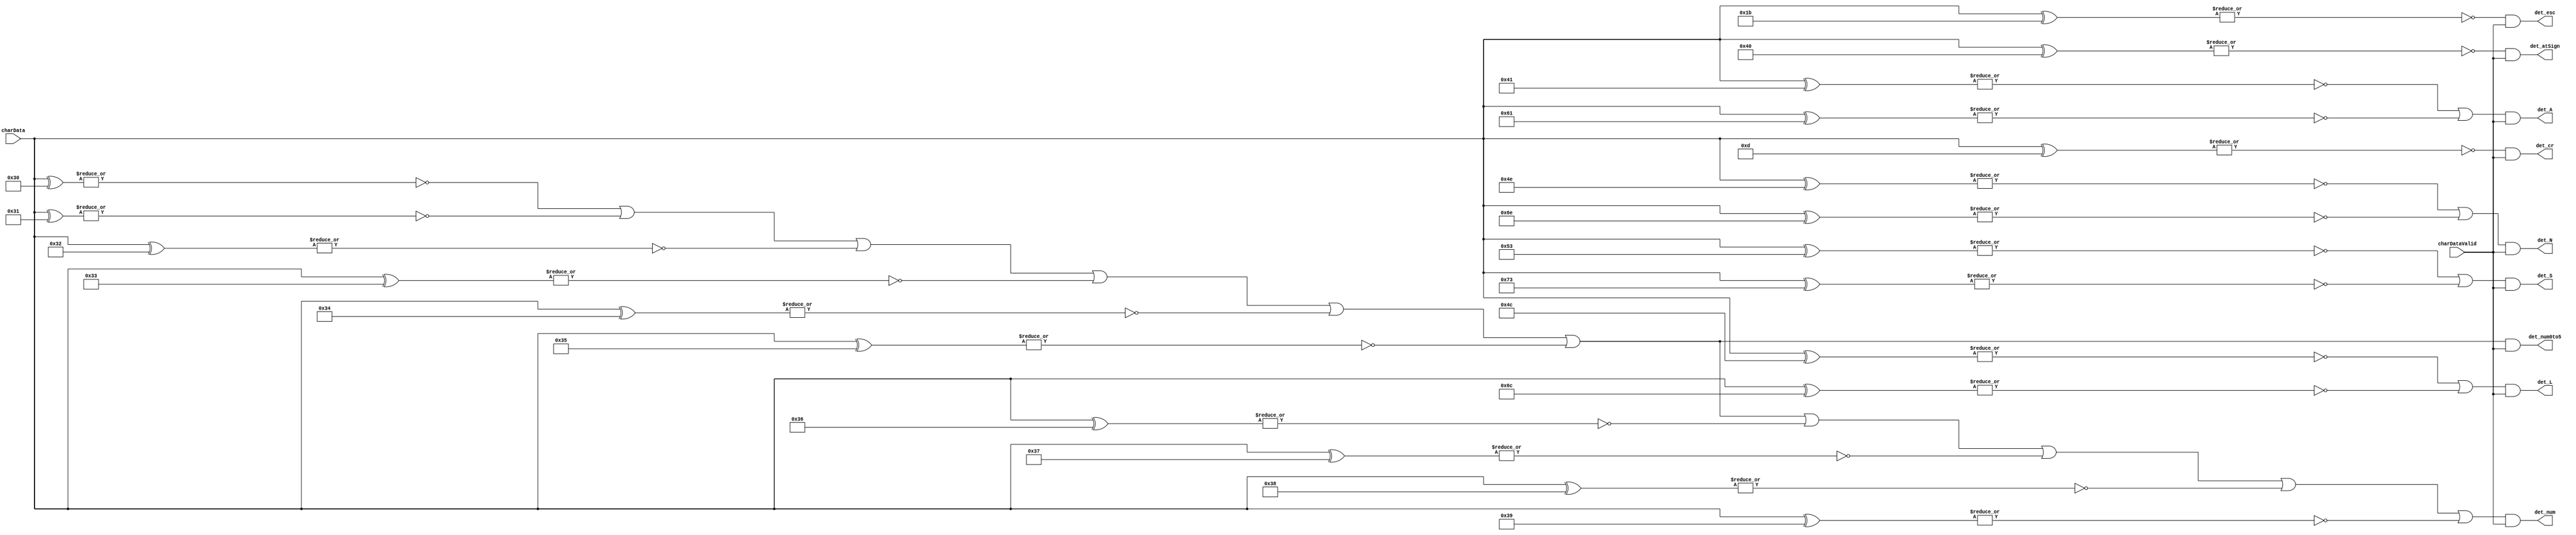

// --------------------------------------------------------------------
// >>>>>>>>>>>>>>>>>>>>>>>>> COPYRIGHT NOTICE <<<<<<<<<<<<<<<<<<<<<<<<<
// --------------------------------------------------------------------
// Copyright (c) 2019 by UCSD CSE 140L
// --------------------------------------------------------------------
//
// Permission:
//
//   This code for use in UCSD CSE 140L.
//   It is synthesisable for Lattice iCEstick 40HX.  
//
// Disclaimer:
//
//   This Verilog source code is intended as a design reference
//   which illustrates how these types of functions can be implemented.
//   It is the user's responsibility to verify their design for
//   consistency and functionality through the use of formal
//   verification methods.  
//
// -------------------------------------------------------------------- //           
//                     Lih-Feng Tsaur
//                     Bryan Chin
//                     UCSD CSE Department
//                     9500 Gilman Dr, La Jolla, CA 92093
//                     U.S.A
//
// --------------------------------------------------------------------
//
//
//  decodeKeys
//
// decode the 8 bit ascii input charData when
// charDataValid is asserted.
// specifically, we decode
//   'ESC' 
//   '0-9'
//   '0-5'
//   'CR' - stop (carriage return)
//   '@'
//   'a'
//   'l' 
//   's''S' -- start
//   'n''N' -- select LED 
//
module decodeKeys(
        output wire     det_esc,
        output wire     det_num,
        output wire     det_num0to5, 
        output wire     det_cr,
        output wire     det_atSign,
        output wire     det_A,
        output wire     det_L,
        output wire     det_N,
        output wire     det_S,
        input wire[7:0] charData,
        input wire      charDataValid
    );

   // Key.1 add code to detect input keys
   //   5% of points assigned to Lab3
   // esc - 1b = 8'd27
   assign det_esc = ~|(charData ^ 8'b00011011) & charDataValid;

   // 0-5 0x30 - 0x35
   assign det_num0to5 = (~|(charData ^ 8'b00110000) | ~|(charData ^ 8'b00110001) | ~|(charData ^ 8'b00110010) | ~|(charData ^ 8'b00110011) | ~|(charData ^ 8'b00110100) | ~|(charData ^ 8'b00110101)) & charDataValid;
   
   // 0-9 0x30 - 0x39
   assign det_num = (~|(charData ^ 8'b00110000) | ~|(charData ^ 8'b00110001) | ~|(charData ^ 8'b00110010) | ~|(charData ^ 8'b00110011) | ~|(charData ^ 8'b00110100) | ~|(charData ^ 8'b00110101) | ~|(charData ^ 8'b00110110) | ~|(charData ^ 8'b00110111) | ~|(charData ^ 8'b00111000) | ~|(charData ^ 8'b00111001)) &  charDataValid;      

   // 8'd13 0x0d
   assign det_cr = ~|(charData ^ 8'b00001101) & charDataValid;

   // "A/a" = 41/61
   assign det_A = (~|(charData ^ 8'b01000001) | ~|(charData ^ 8'b01100001)) & charDataValid;
   
   // "L/l" = 4C/6C
   assign det_L = (~|(charData ^ 8'b01001100) | ~|(charData ^ 8'b01101100)) & charDataValid;

   // "N/n" = 4E/6E
   assign det_N = (~|(charData ^ 8'b01001110) | ~|(charData ^ 8'b01101110)) & charDataValid;

   // "S/s" = 53/73
   assign det_S = (~|(charData ^ 8'b01010011) | ~|(charData ^ 8'b01110011)) & charDataValid;

   // "@" = 40
   assign det_atSign = ~|(charData ^ 8'b01000000) & charDataValid;
   
endmodule